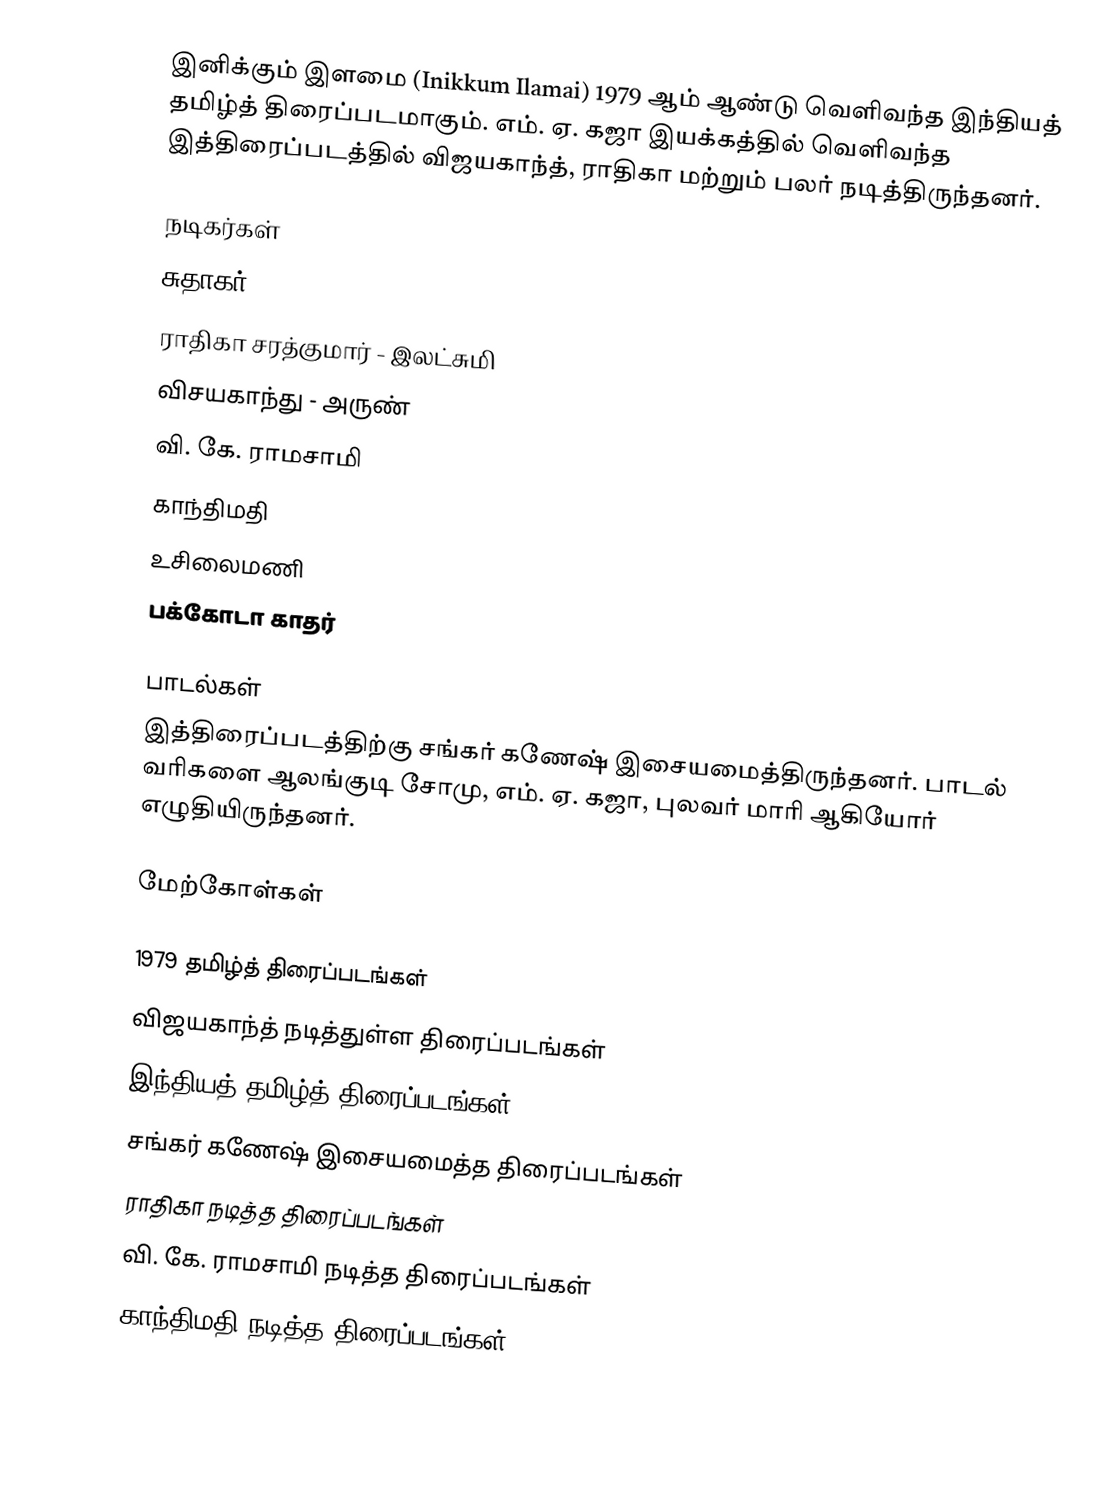
இனிக்கும் இளமை (Inikkum Ilamai) 1979 ஆம் ஆண்டு வெளிவந்த இந்தியத் தமிழ்த் திரைப்படமாகும். எம். ஏ. கஜா இயக்கத்தில் வெளிவந்த இத்திரைப்படத்தில் விஜயகாந்த், ராதிகா மற்றும் பலர் நடித்திருந்தனர்.

நடிகர்கள்
 சுதாகர்
 ராதிகா சரத்குமார் - இலட்சுமி
 விசயகாந்து - அருண்
 வி. கே. ராமசாமி
 காந்திமதி
 உசிலைமணி
 பக்கோடா காதர்

பாடல்கள்
இத்திரைப்படத்திற்கு சங்கர் கணேஷ் இசையமைத்திருந்தனர். பாடல் வரிகளை ஆலங்குடி சோமு, எம். ஏ. கஜா, புலவர் மாரி ஆகியோர் எழுதியிருந்தனர்.

மேற்கோள்கள்

1979 தமிழ்த் திரைப்படங்கள்
விஜயகாந்த் நடித்துள்ள திரைப்படங்கள்
இந்தியத் தமிழ்த் திரைப்படங்கள்
சங்கர் கணேஷ் இசையமைத்த திரைப்படங்கள்
ராதிகா நடித்த திரைப்படங்கள்
வி. கே. ராமசாமி நடித்த திரைப்படங்கள்
காந்திமதி நடித்த திரைப்படங்கள்